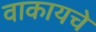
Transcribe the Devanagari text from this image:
वाकायचे